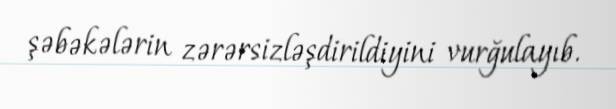
şəbəkələrin zərərsizləşdirildiyini vurğulayıb.